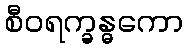
စီဝရက္ခန္ဓကော